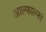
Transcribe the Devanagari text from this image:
आल्फाल्फा